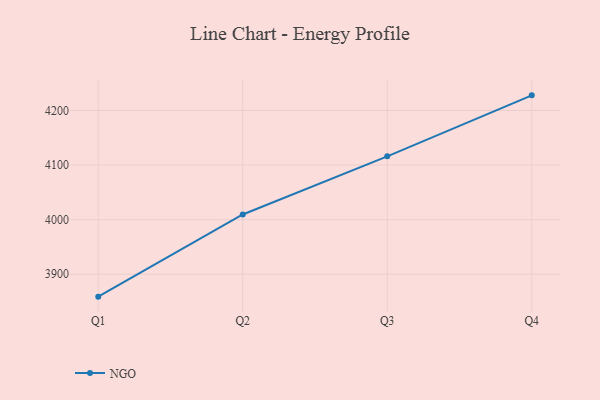
{"axis": {"x": "Quarter", "y": "Page Views"}, "legend": ["NGO"], "data": [{"x": "Q1", "y": 3858.9, "type": "NGO"}, {"x": "Q2", "y": 4009.5, "type": "NGO"}, {"x": "Q3", "y": 4116.0, "type": "NGO"}, {"x": "Q4", "y": 4227.7, "type": "NGO"}]}